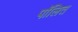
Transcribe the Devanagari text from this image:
पॉलित